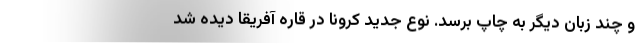
و چند زبان دیگر به چاپ برسد. نوع جدید کرونا در قاره آفریقا دیده شد